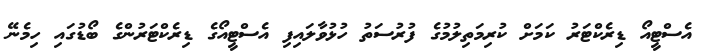
އެސްޓީއޯ ޑިރެކްޓަރު ކަމަށް ކުރިމަތިލުމުގެ ފުރުސަތު ހުޅުވާލައިފި އެސްޓީއޯގެ ޑިރެކްޓަރުންގެ ބޯޑުގައި ހިމެނޭ